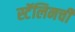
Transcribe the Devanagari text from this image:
स्टॅलिनची